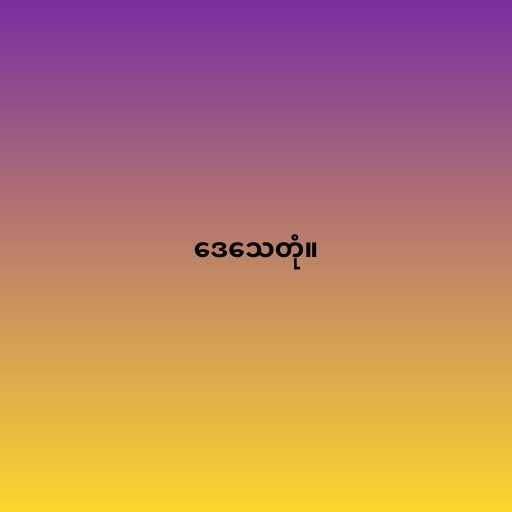
ဒေသေတုံ။